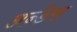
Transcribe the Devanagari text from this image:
अन्डेस